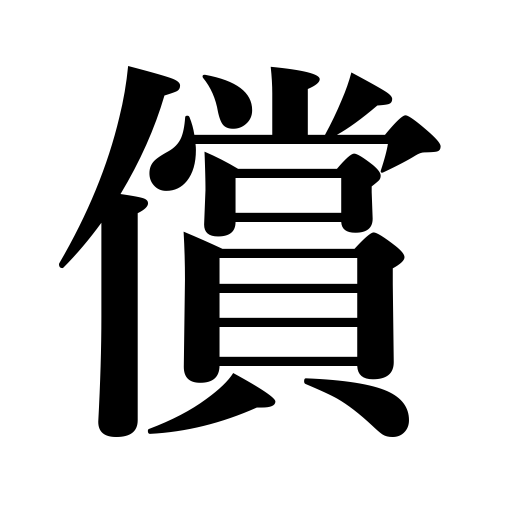
Meanings: make up for,recompense,compensate for,atone for,indemnify,redeem one's faults